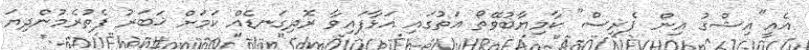
އެއީ"އިޝްޤު އިން ޕެރިސް" ކާމިޔާބުވޭތޯ އަތުގައި އަޅާފައިވާ ރޮދިގަނޑެއް ކަމަށް ޚަބަރު ފެތުރެމުންދިޔަ